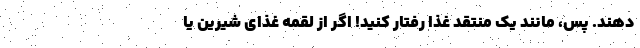
دهند. پس، مانند یک منتقد غذا رفتار کنید! اگر از لقمه غذای شیرین یا